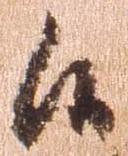
候